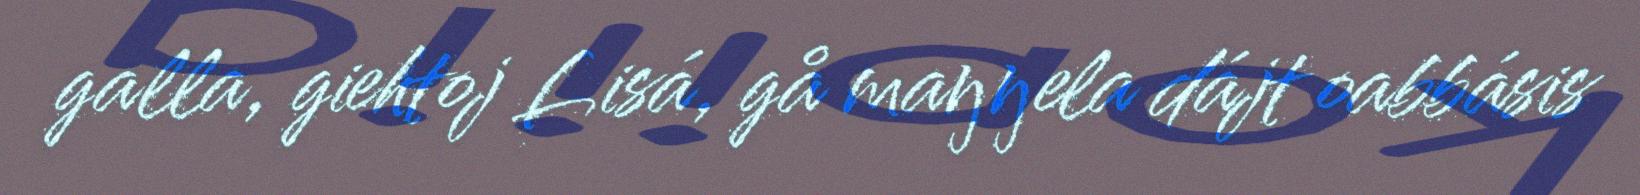
galla, giehtoj Lisá, gå maŋŋela dájt oabbásis